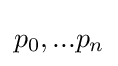
p_{0},...p_{n}